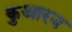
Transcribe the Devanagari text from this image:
कुआरन